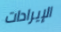
الإيرادات